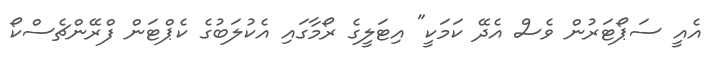
އެއީ ސަޕޯޓަރުން ވެސް އެދޭ ކަމަކީ" އިޓަލީގެ ރޯމާގައި އެކުލަބުގެ ކެޕްޓަން ފްރޭންޗެސްކޯ